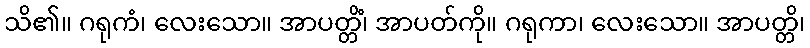
သိ၏။ ဂရုကံ၊ လေးသော။ အာပတ္တိံ၊ အာပတ်ကို။ ဂရုကာ၊ လေးသော။ အာပတ္တိ၊